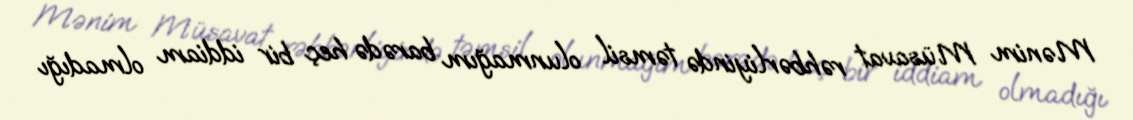
Mənim Müsavat rəhbərliyində təmsil olunmağım barədə heç bir iddiam olmadığı